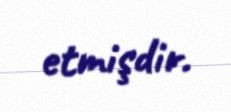
etmişdir.